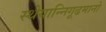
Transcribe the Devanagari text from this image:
स्थेयान्निगूढमानो